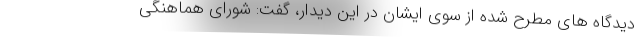
دیدگاه های مطرح شده از سوی ایشان در این دیدار، گفت: شورای هماهنگی